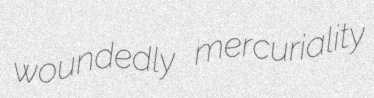
woundedly mercuriality